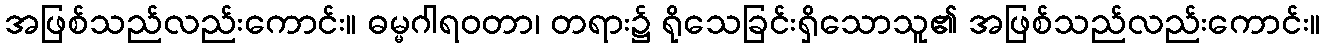
အဖြစ်သည်လည်းကောင်း။ ဓမ္မဂါရဝတာ၊ တရား၌ ရိုသေခြင်းရှိသောသူ၏ အဖြစ်သည်လည်းကောင်း။